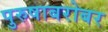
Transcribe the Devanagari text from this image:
पुरुषाबरोबर